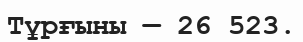
Тұрғыны — 26 523.